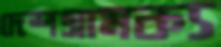
দেশগ্রামক্য